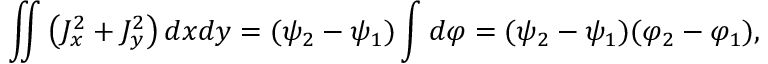
\iint \left( J _ { x } ^ { 2 } + J _ { y } ^ { 2 } \right) d x d y = ( \psi _ { 2 } - \psi _ { 1 } ) \int d \varphi = ( \psi _ { 2 } - \psi _ { 1 } ) ( \varphi _ { 2 } - \varphi _ { 1 } ) ,